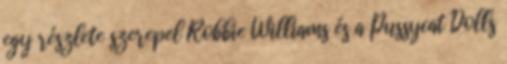
egy részlete szerepel Robbie Williams és a Pussycat Dolls